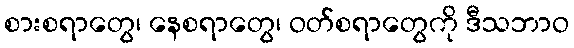
စားစရာတွေ၊ နေစရာတွေ၊ ဝတ်စရာတွေကို ဒီသဘာဝ